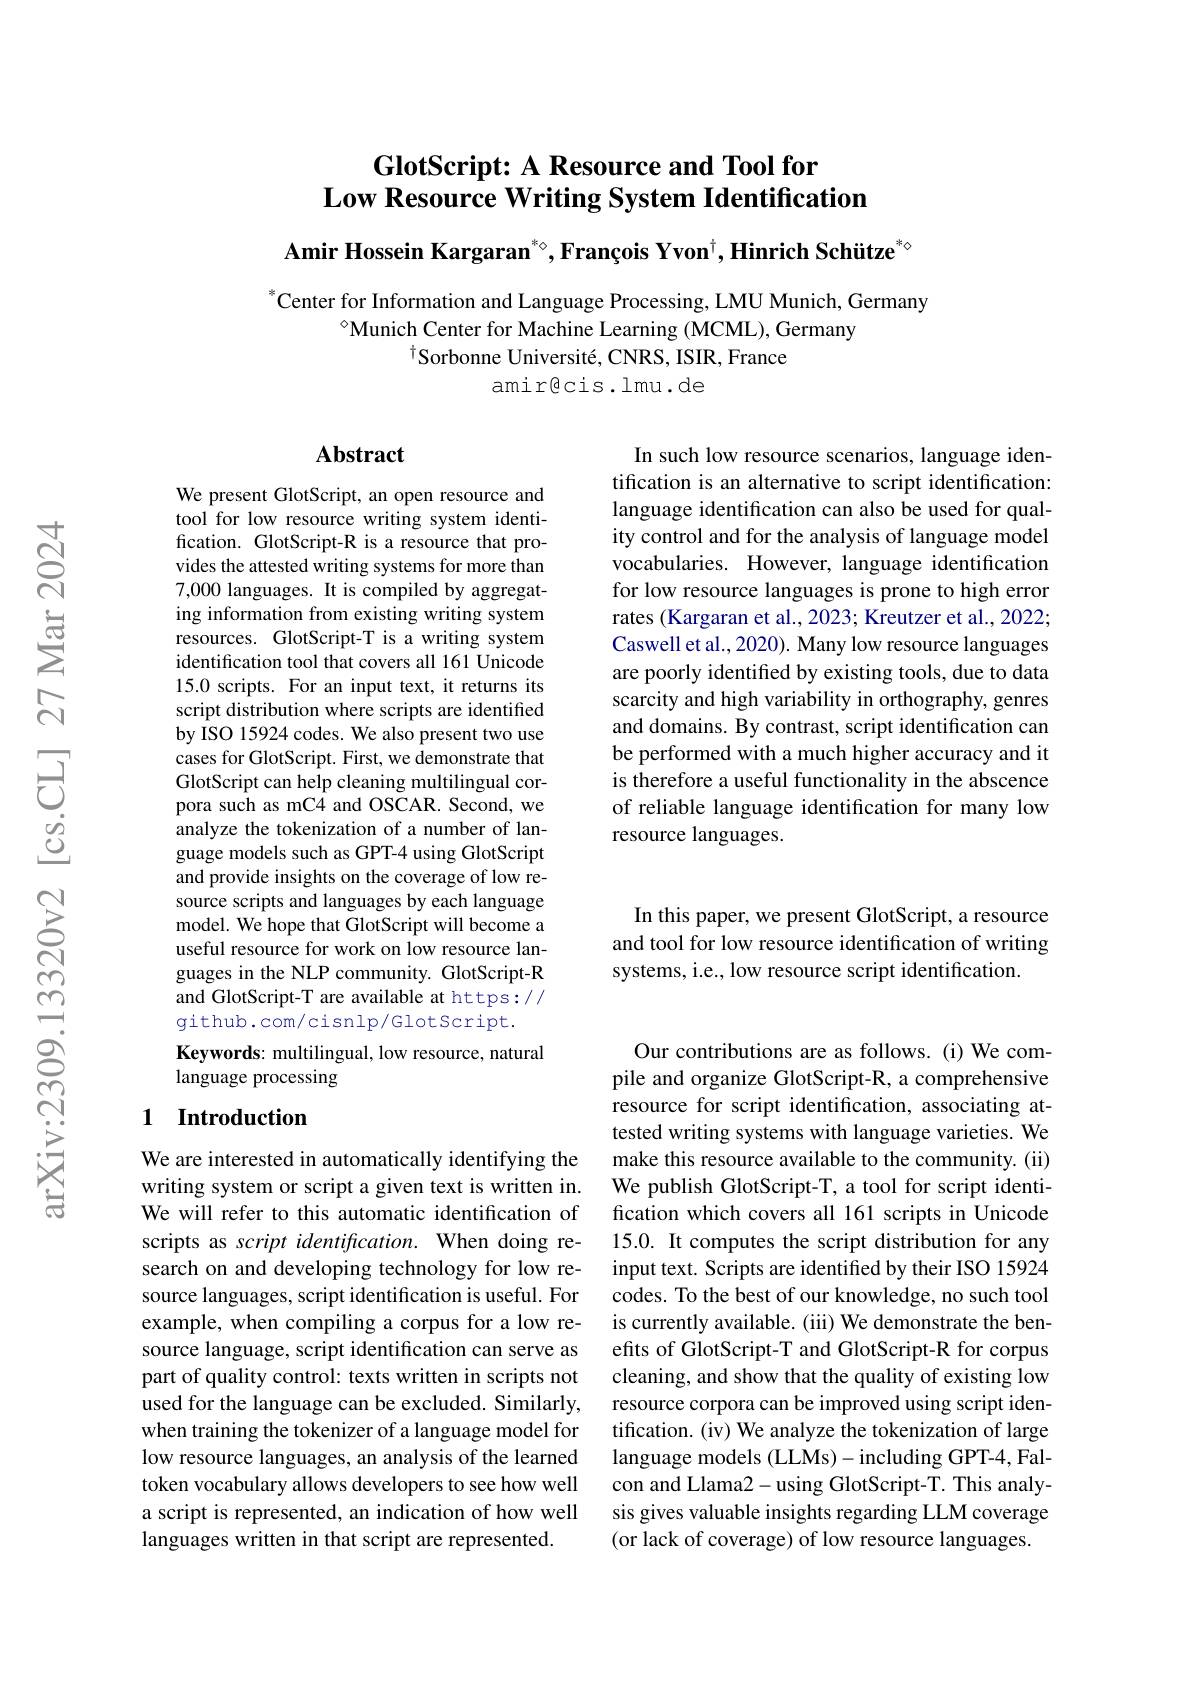
## GlotScript: A Resource and Tool for Low Resource Writing System Identification

Amir Hossein Kargaran$^*\circ,\text{François Yvon}^\dagger,\textbf{Hinrich Schütze}^{*\diamond}$

$^*$Center for Information and Language Processing, LMU Munich, Germany
$^{\diamond}$Munich Center for Machine Learning (MCML), Germany
$^{\dagger}$Sorbonne Université, CNRS, ISIR, France
amirêcis.lmu.de

## Abstract

In such low resource scenarios, language identification is an alternative to script identification: language identification can also be used for quality control and for the analysis of language model vocabularies. However, language identification for low resource languages is prone to high error rates (Kargaran et al., 2023; Kreutzer et al., 2022; Caswell et al., 2020). Many low resource languages are poorly identified by existing tools, due to data scarcity and high variability in orthography, genres and domains. By contrast, script identification can be performed with a much higher accuracy and it is therefore a useful functionality in the abscence of reliable language identification for many low resource languages.

We present GlotScript, an open resource and tool for low resource writing system identification. GlotScript-R is a resource that provides the attested writing systems for more than 7,000 languages. It is compiled by aggregating information from existing writing system resources. GlotScript-T is a writing system identification tool that covers all 161 Unicode 15.0 scripts. For an input text, it returns its script distribution where scripts are identified by ISO 15924 codes. We also present two use cases for GlotScript. First, we demonstrate that GlotScript can help cleaning multilingual corpora such as mC4 and OSCAR. Second, we analyze the tokenization of a number of language models such as GPT-4 using GlotScript and provide insights on the coverage of low resource scripts and languages by each language model. We hope that GlotScript will become a useful resource for work on low resource languages in the NLP community. GlotScript-R and GlotScript-T are available at https:// github.com/cisnlp/Glotscript.
Keywords: multilingual, low resource, natural

In this paper, we present GlotScript, a resource and tool for low resource identification of writing systems, i.e., low resource script identification.

language processing

## 1 Introduction

Our contributions are as follows. (i) We compile and organize GlotScript-R, a comprehensive resource for script identification, associating attested writing systems with language varieties. We make this resource available to the community. (ii) We publish GlotScript-T, a tool for script identification which covers all 161 scripts in Unicode 15.0. It computes the script distribution for any input text. Scripts are identified by their ISO 15924 codes. To the best of our knowledge, no such tool is currently available. (iii) We demonstrate the benefits of GlotScript-T and GlotScript-R for corpus cleaning, and show that the quality of existing low resource corpora can be improved using script identification. (iv) We analyze the tokenization of large language models (LLMs)- including GPT-4, Falcon and Llama2-using GlotScript-T. This analysis gives valuable insights regarding LLM coverage (or lack of coverage) of low resource languages.

We are interested in automatically identifying the writing system or script a given text is written in. We will refer to this automatic identification of scripts as script identification. When doing research on and developing technology for low resource languages, script identification is useful. For example, when compiling a corpus for a low resource language, script identification can serve as part of quality control: texts written in scripts not used for the language can be excluded. Similarly, when training the tokenizer of a language model for low resource languages, an analysis of the learned token vocabulary allows developers to see how well a script is represented, an indication of how well languages written in that script are represented.